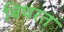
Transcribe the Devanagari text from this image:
बिथरत